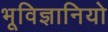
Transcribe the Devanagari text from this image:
भूविज्ञानियो